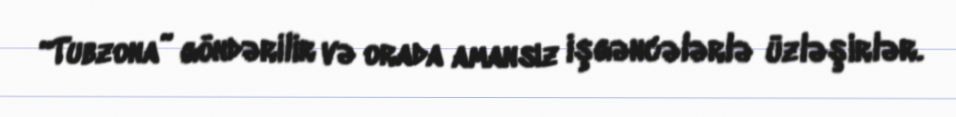
“Tubzona” göndərilir və orada amansız işgəncələrlə üzləşirlər.